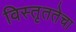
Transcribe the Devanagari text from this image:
विस्तृततेचा